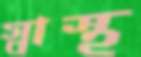
স্বাস্থ